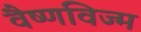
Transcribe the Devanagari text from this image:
वैष्णविज्म